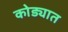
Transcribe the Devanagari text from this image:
कोड्यात